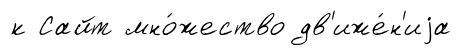
к Сайт мно́жество дв'иже́н'иjа